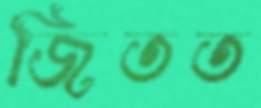
জিতত